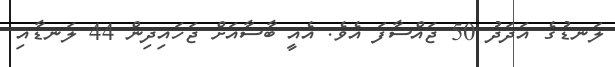
ލަނޑުގެ އަދަދު 50 ޖައްސާފަ އެވެ. އެއީ ބާސާއަށް ޖަހައިދިން 44 ލަނޑާއި